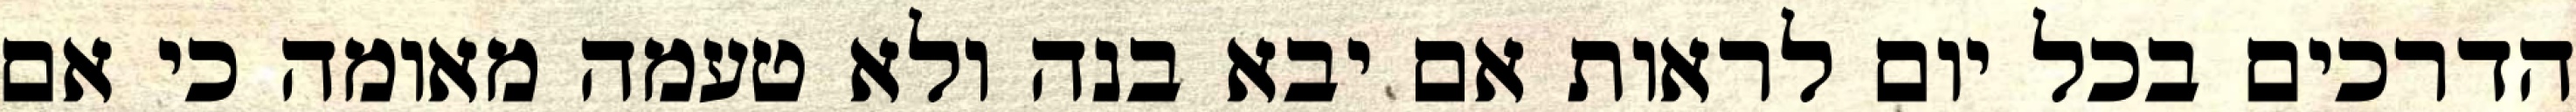
הדרכים בכל יום לראות אם יבא בנה ולא טעמה מאומה כי אם